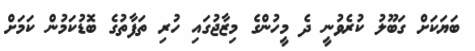
ބަޔަކަށް ގަބޫލު ކުރެވުނީ ދެ މީހުންގެ މިޒާޖުގައި ހުރި ތަފާތުގެ ބޮޑުކަމުން ކަމަށް